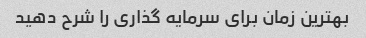
بهترین زمان برای سرمایه گذاری را شرح دهید